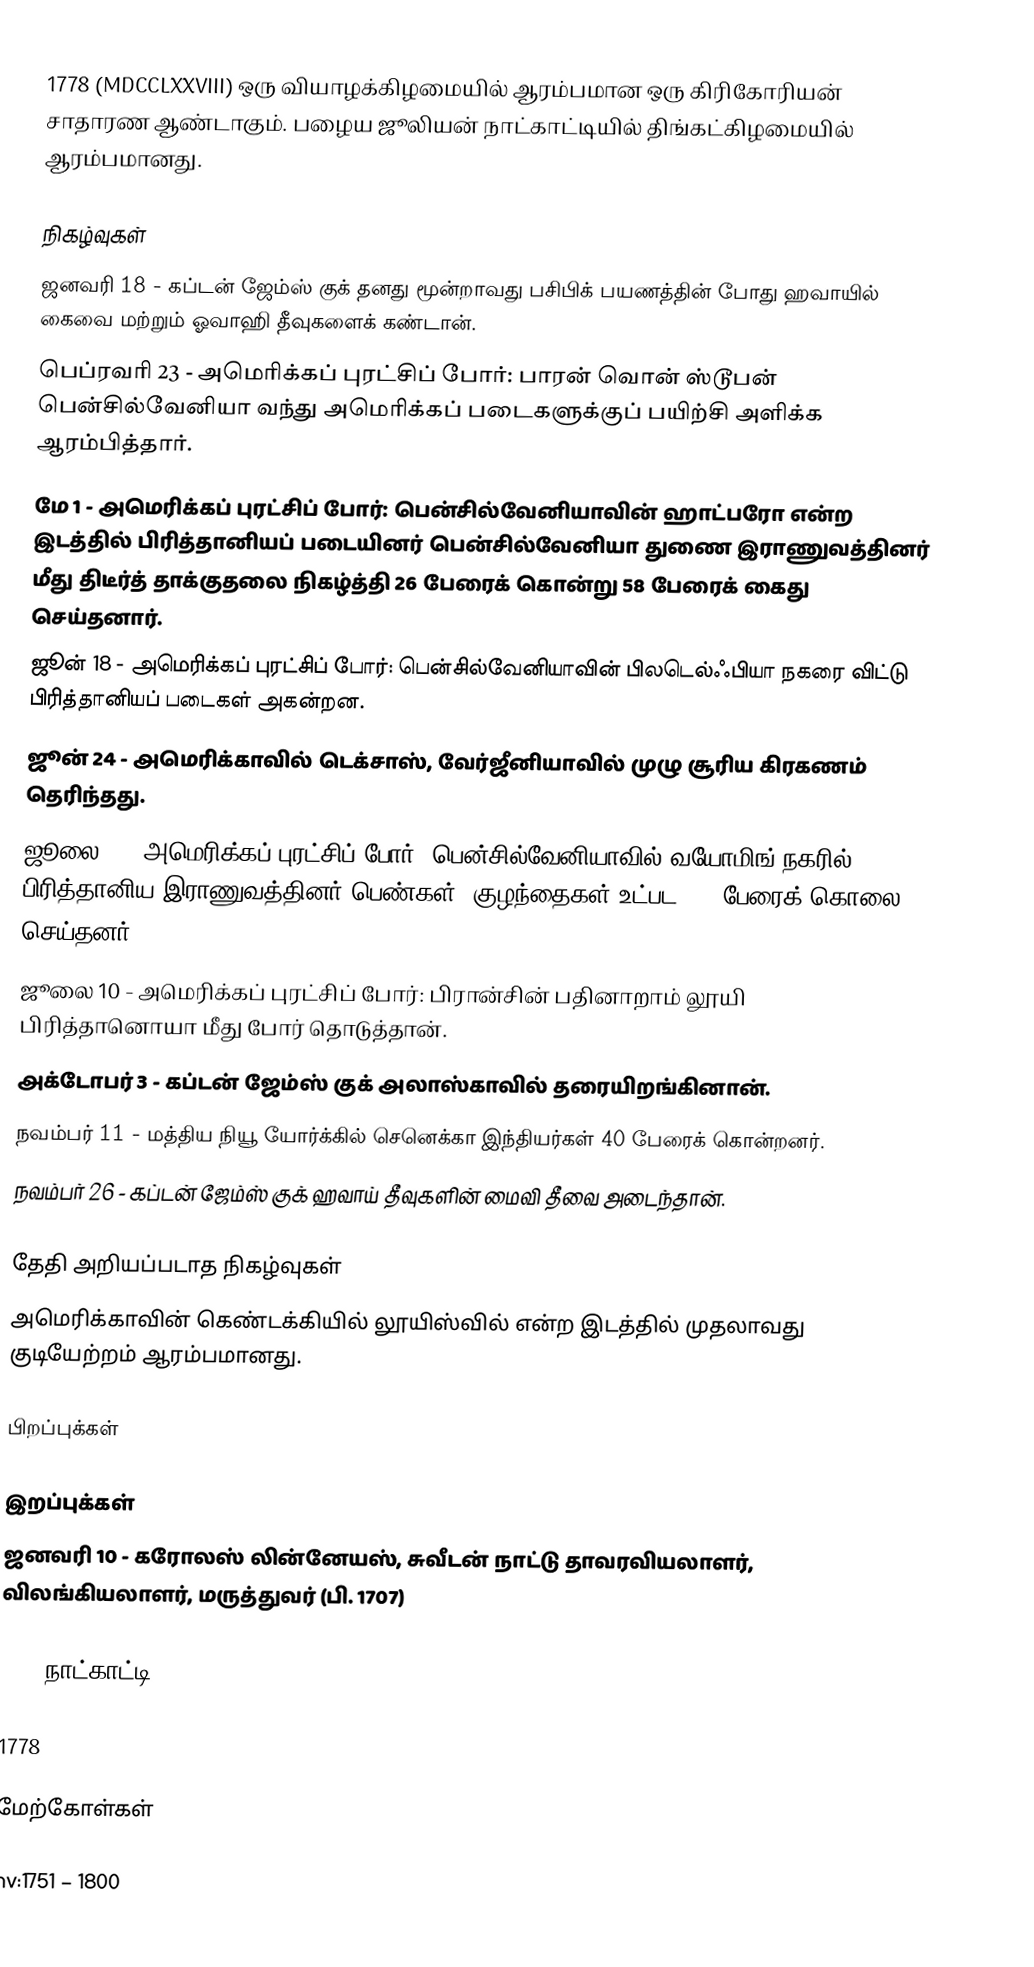
1778  (MDCCLXXVIII) ஒரு வியாழக்கிழமையில் ஆரம்பமான ஒரு கிரிகோரியன் சாதாரண ஆண்டாகும். பழைய ஜூலியன் நாட்காட்டியில் திங்கட்கிழமையில் ஆரம்பமானது.

நிகழ்வுகள்
 ஜனவரி 18 - கப்டன் ஜேம்ஸ் குக் தனது மூன்றாவது பசிபிக் பயணத்தின் போது ஹவாயில் கைவை மற்றும் ஓவாஹி தீவுகளைக் கண்டான்.
 பெப்ரவரி 23 - அமெரிக்கப் புரட்சிப் போர்: பாரன் வொன் ஸ்டூபன் பென்சில்வேனியா வந்து அமெரிக்கப் படைகளுக்குப் பயிற்சி அளிக்க ஆரம்பித்தார்.
 மே 1 - அமெரிக்கப் புரட்சிப் போர்: பென்சில்வேனியாவின் ஹாட்பரோ என்ற இடத்தில் பிரித்தானியப் படையினர் பென்சில்வேனியா துணை இராணுவத்தினர் மீது திடீர்த் தாக்குதலை நிகழ்த்தி 26 பேரைக் கொன்று 58 பேரைக் கைது செய்தனார்.
 ஜூன் 18 - அமெரிக்கப் புரட்சிப் போர்: பென்சில்வேனியாவின் பிலடெல்ஃபியா நகரை விட்டு பிரித்தானியப் படைகள் அகன்றன.
 ஜூன் 24 - அமெரிக்காவில் டெக்சாஸ், வேர்ஜீனியாவில் முழு சூரிய கிரகணம் தெரிந்தது.
 ஜூலை 3 - அமெரிக்கப் புரட்சிப் போர்: பென்சில்வேனியாவில் வயோமிங் நகரில் பிரித்தானிய இராணுவத்தினர் பெண்கள், குழந்தைகள் உட்பட 360 பேரைக் கொலை செய்தனர்.
 ஜூலை 10 - அமெரிக்கப் புரட்சிப் போர்: பிரான்சின் பதினாறாம் லூயி பிரித்தானொயா மீது போர் தொடுத்தான்.
 அக்டோபர் 3 - கப்டன் ஜேம்ஸ் குக் அலாஸ்காவில் தரையிறங்கினான்.
 நவம்பர் 11 - மத்திய நியூ யோர்க்கில் செனெக்கா இந்தியர்கள் 40 பேரைக் கொன்றனர்.
 நவம்பர் 26 - கப்டன் ஜேம்ஸ் குக் ஹவாய் தீவுகளின் மைவி தீவை அடைந்தான்.

தேதி அறியப்படாத நிகழ்வுகள்
 அமெரிக்காவின் கெண்டக்கியில் லூயிஸ்வில் என்ற இடத்தில் முதலாவது குடியேற்றம் ஆரம்பமானது.

பிறப்புக்கள்

இறப்புக்கள்
 ஜனவரி 10 - கரோலஸ் லின்னேயஸ், சுவீடன் நாட்டு தாவரவியலாளர், விலங்கியலாளர், மருத்துவர் (பி. 1707)

1778 நாட்காட்டி

1778

மேற்கோள்கள்

nv:1751 – 1800